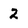
Character: 2